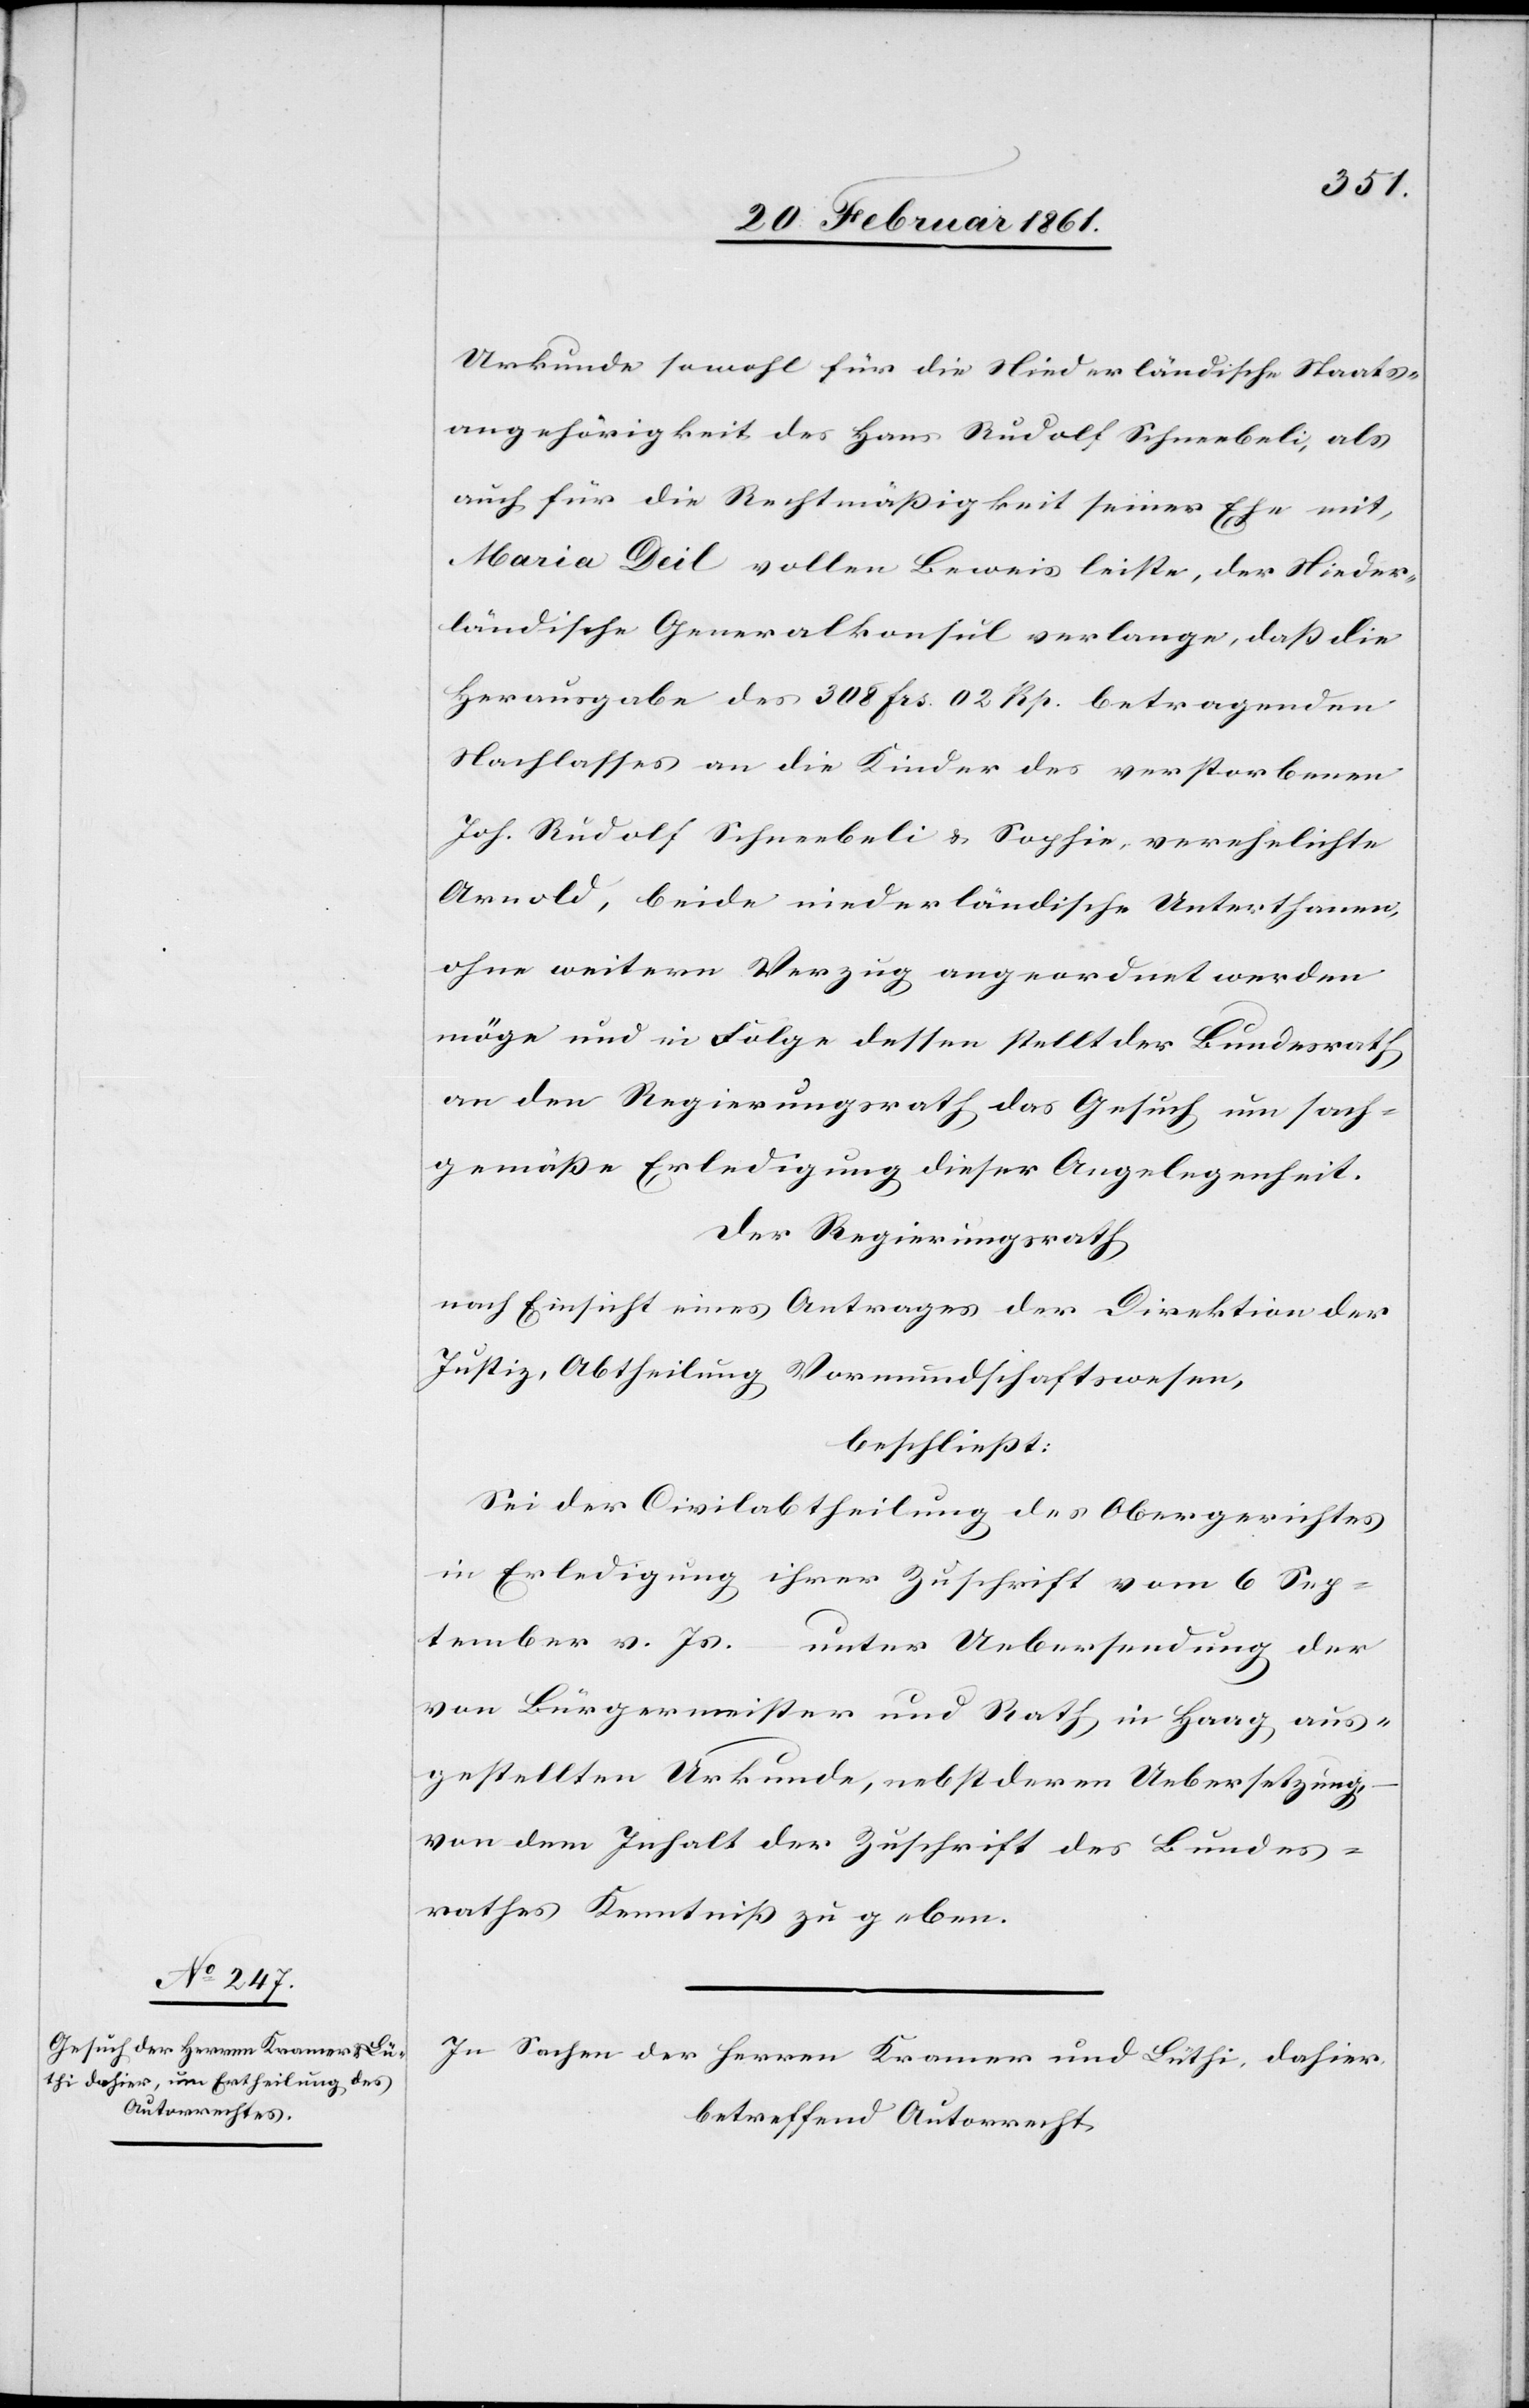
Urkunde sowohl für die Niederländische Staats¬
angehörigkeit des Hans Rudolf Schneebeli, als
auch für die Rechtmässigkeit seiner Ehe mit,
Maria Deil vollen Beweis leiste, der Nieder¬
ländische Generalkonsul verlange, dass die
Herausgabe des 308 frs. 02 Rp. betragenden
Nachlasses an die Kinder des verstorbenen
Joh. Rudolf Schneebeli u. Sophie, verehelichte
Arnold, beide niederländische Unterthanen,
ohne weitern Verzug angeordnet werden
möge und in Folge dessen stellt der Bundesrath
an den Regierungsrath das Gesuch um sach¬
gemässe Erledigung dieser Angelegenheit.
Der Regierungsrath,
nach Einsicht eines Antrages der Direktion der
Justiz, Abtheilung Vormundschaftswesen,
beschliesst:
Sei der Civilabtheilung des Obergerichtes
in Erledigung ihrer Zuschrift vom 6 Sep¬
tember v. Js. unter Uebersendung der
von Bürgermeister und Rath in Haag aus¬
gestellten Urkunde, nebst deren Uebersetzung,
von dem Inhalt der Zuschrift des Bundes¬
rathes Kenntniss zu geben.
In Sachen der Herren Kramer und Lüthi, dahier
betreffend Autorrecht,